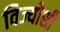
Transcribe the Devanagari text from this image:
विज्योशी